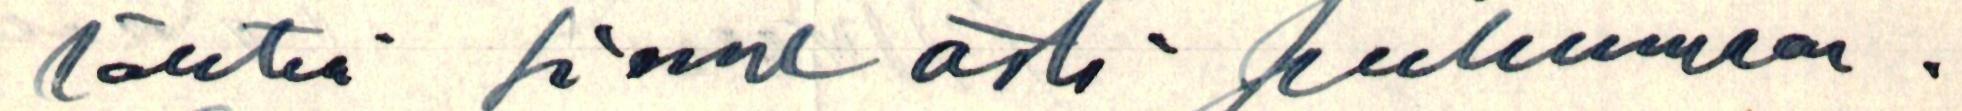
lähteä sinne asti puhumaan.